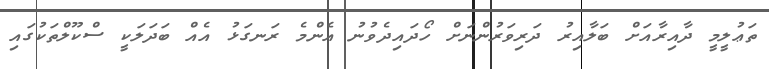
ތަޢުލީމީ ދާއިރާއަށް ބަލާއިރު ދަރިވަރުންނަށް ހޯދައިދެވުނު އެންމެ ރަނގަޅު އެއް ބަދަލަކީ ސްކޫލްތަކުގައި